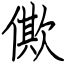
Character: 僛